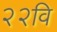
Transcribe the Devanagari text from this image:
२२वि